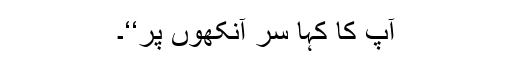
آپ کا کہا سر آنکھوں پر‘‘۔